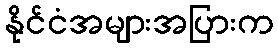
နိုင်ငံအများအပြားက